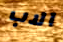
الاب